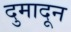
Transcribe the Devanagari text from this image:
दुमादून